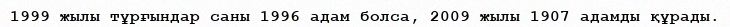
1999 жылы тұрғындар саны 1996 адам болса, 2009 жылы 1907 адамды құрады.